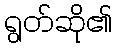
ရွတ်ဆို၏